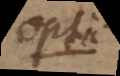
Optic